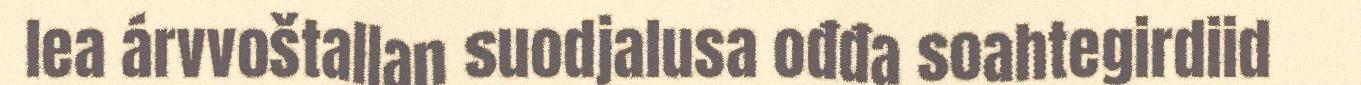
lea árvvoštallan suodjalusa ođđa soahtegirdiid